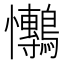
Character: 𭟫